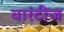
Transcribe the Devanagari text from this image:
वारंटीज